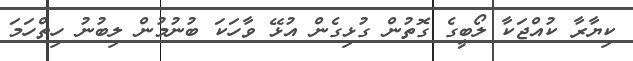
ކިޔާރާ ކުއްޖަކާ ލޯބީގެ ގޮތުން ގުޅިގެން އުޅޭ ވާހަކަ ބުނުމުން ލިބުނު ހިތްހަމަ